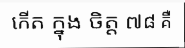
កើត ក្នុង ចិត្ត ៧៨ គឺ